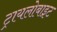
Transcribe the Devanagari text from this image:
ट्रायलोबाइट